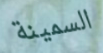
السمينة